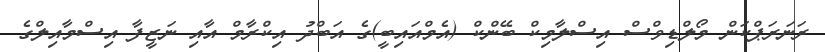
ރަނަރަޕްކަން މޯލްޑިވްސް އިސްލާމިކް ބޭންކް (އެމްއައިބީ)ގެ އަބްދު އިކްރާމް އާއި ނަޒީފާ އިސްމާއިލްގެ